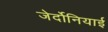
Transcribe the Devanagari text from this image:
जेर्दोनियाई